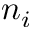
n _ { i }